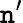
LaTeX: \mathtt{n}^{\prime}